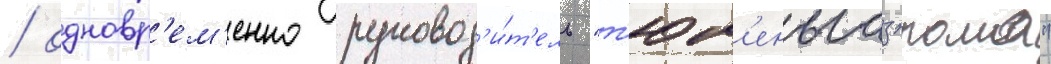
/ одновр'ем'енно руковод'и́т'ель "т'юм'еньгазпрома"